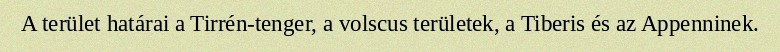
A terület határai a Tirrén-tenger, a volscus területek, a Tiberis és az Appenninek.